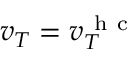
v _ { T } = v _ { T } ^ { \mathrm { ~ h ~ c ~ } }